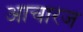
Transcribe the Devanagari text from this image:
आचारज